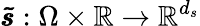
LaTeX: \pmb{\tilde{s}}:\Omega\times\mathbb{R}\rightarrow\mathbb{R}^{d_{s}}